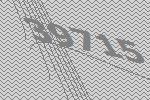
39715